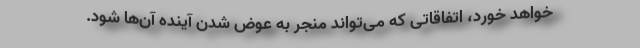
خواهد خورد، اتفاقاتی که می‌تواند منجر به عوض شدن آینده آن‌ها شود.